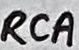
Text: RCA